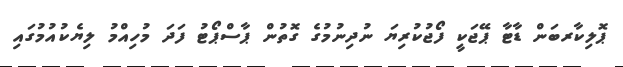
ޕޮލިކާރބަން ޑާޓާ ޕޭޖަކީ ފޯޖުކުރިޔަ ނުދިނުމުގެ ގޮތުން ޕާސްޕޯޓު ފަަދަ މުހިއްމު ލިޔެކުއުމުގައި